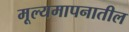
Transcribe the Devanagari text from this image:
मूल्यमापनातील